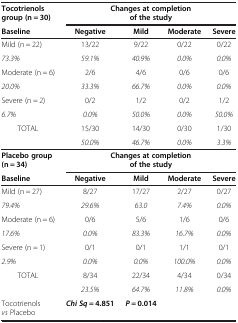
| Tocotrienols group (n = 30) | <COLSPAN=4> Changes at completion of the study |
 | Baseline | Negative | Mild | Moderate | Severe |
 | --- | --- | --- | --- | --- |
 | Mild (n = 22) | 13/22 | 9/22 | 0/22 | 0/22 |
 | 73.3% | 59.1% | 40.9% | 0.0% | 0.0% |
 | Moderate (n = 6) | 2/6 | 4/6 | 0/6 | 0/6 |
 | 20.0% | 33.3% | 66.7% | 0.0% | 0.0% |
 | Severe (n = 2) | 0/2 | 1/2 | 0/2 | 1/2 |
 | 6.7% | 0.0% | 50.0% | 0.0% | 50.0% |
 | TOTAL | 15/30 | 14/30 | 0/30 | 1/30 |
 |  | 50.0% | 46.7% | 0.0% | 3.3% |
 | Placebo group (n = 34) | <COLSPAN=4> Changes at completion of the study |
 | Baseline | Negative | Mild | Moderate | Severe |
 | Mild (n = 27) | 8/27 | 17/27 | 2/27 | 0/27 |
 | 79.4% | 29.6% | 63.0 | 7.4% | 0.0% |
 | Moderate (n = 6) | 0/6 | 5/6 | 1/6 | 0/6 |
 | 17.6% | 0.0% | 83.3% | 16.7% | 0.0% |
 | Severe (n = 1) | 0/1 | 0/1 | 1/1 | 0/1 |
 | 2.9% | 0.0% | 0.0% | 100.0% | 0.0% |
 | TOTAL | 8/34 | 22/34 | 4/34 | 0/34 |
 |  | 23.5% | 64.7% | 11.8% | 0.0% |
 | Tocotrienols vs Placebo | Chi Sq = 4.851 | P = 0.014 |  |  |